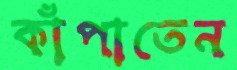
কাঁপাতেন